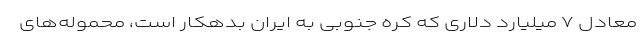
معادل ۷ میلیارد دلاری که کره جنوبی به ایران بدهکار است، محموله‌های